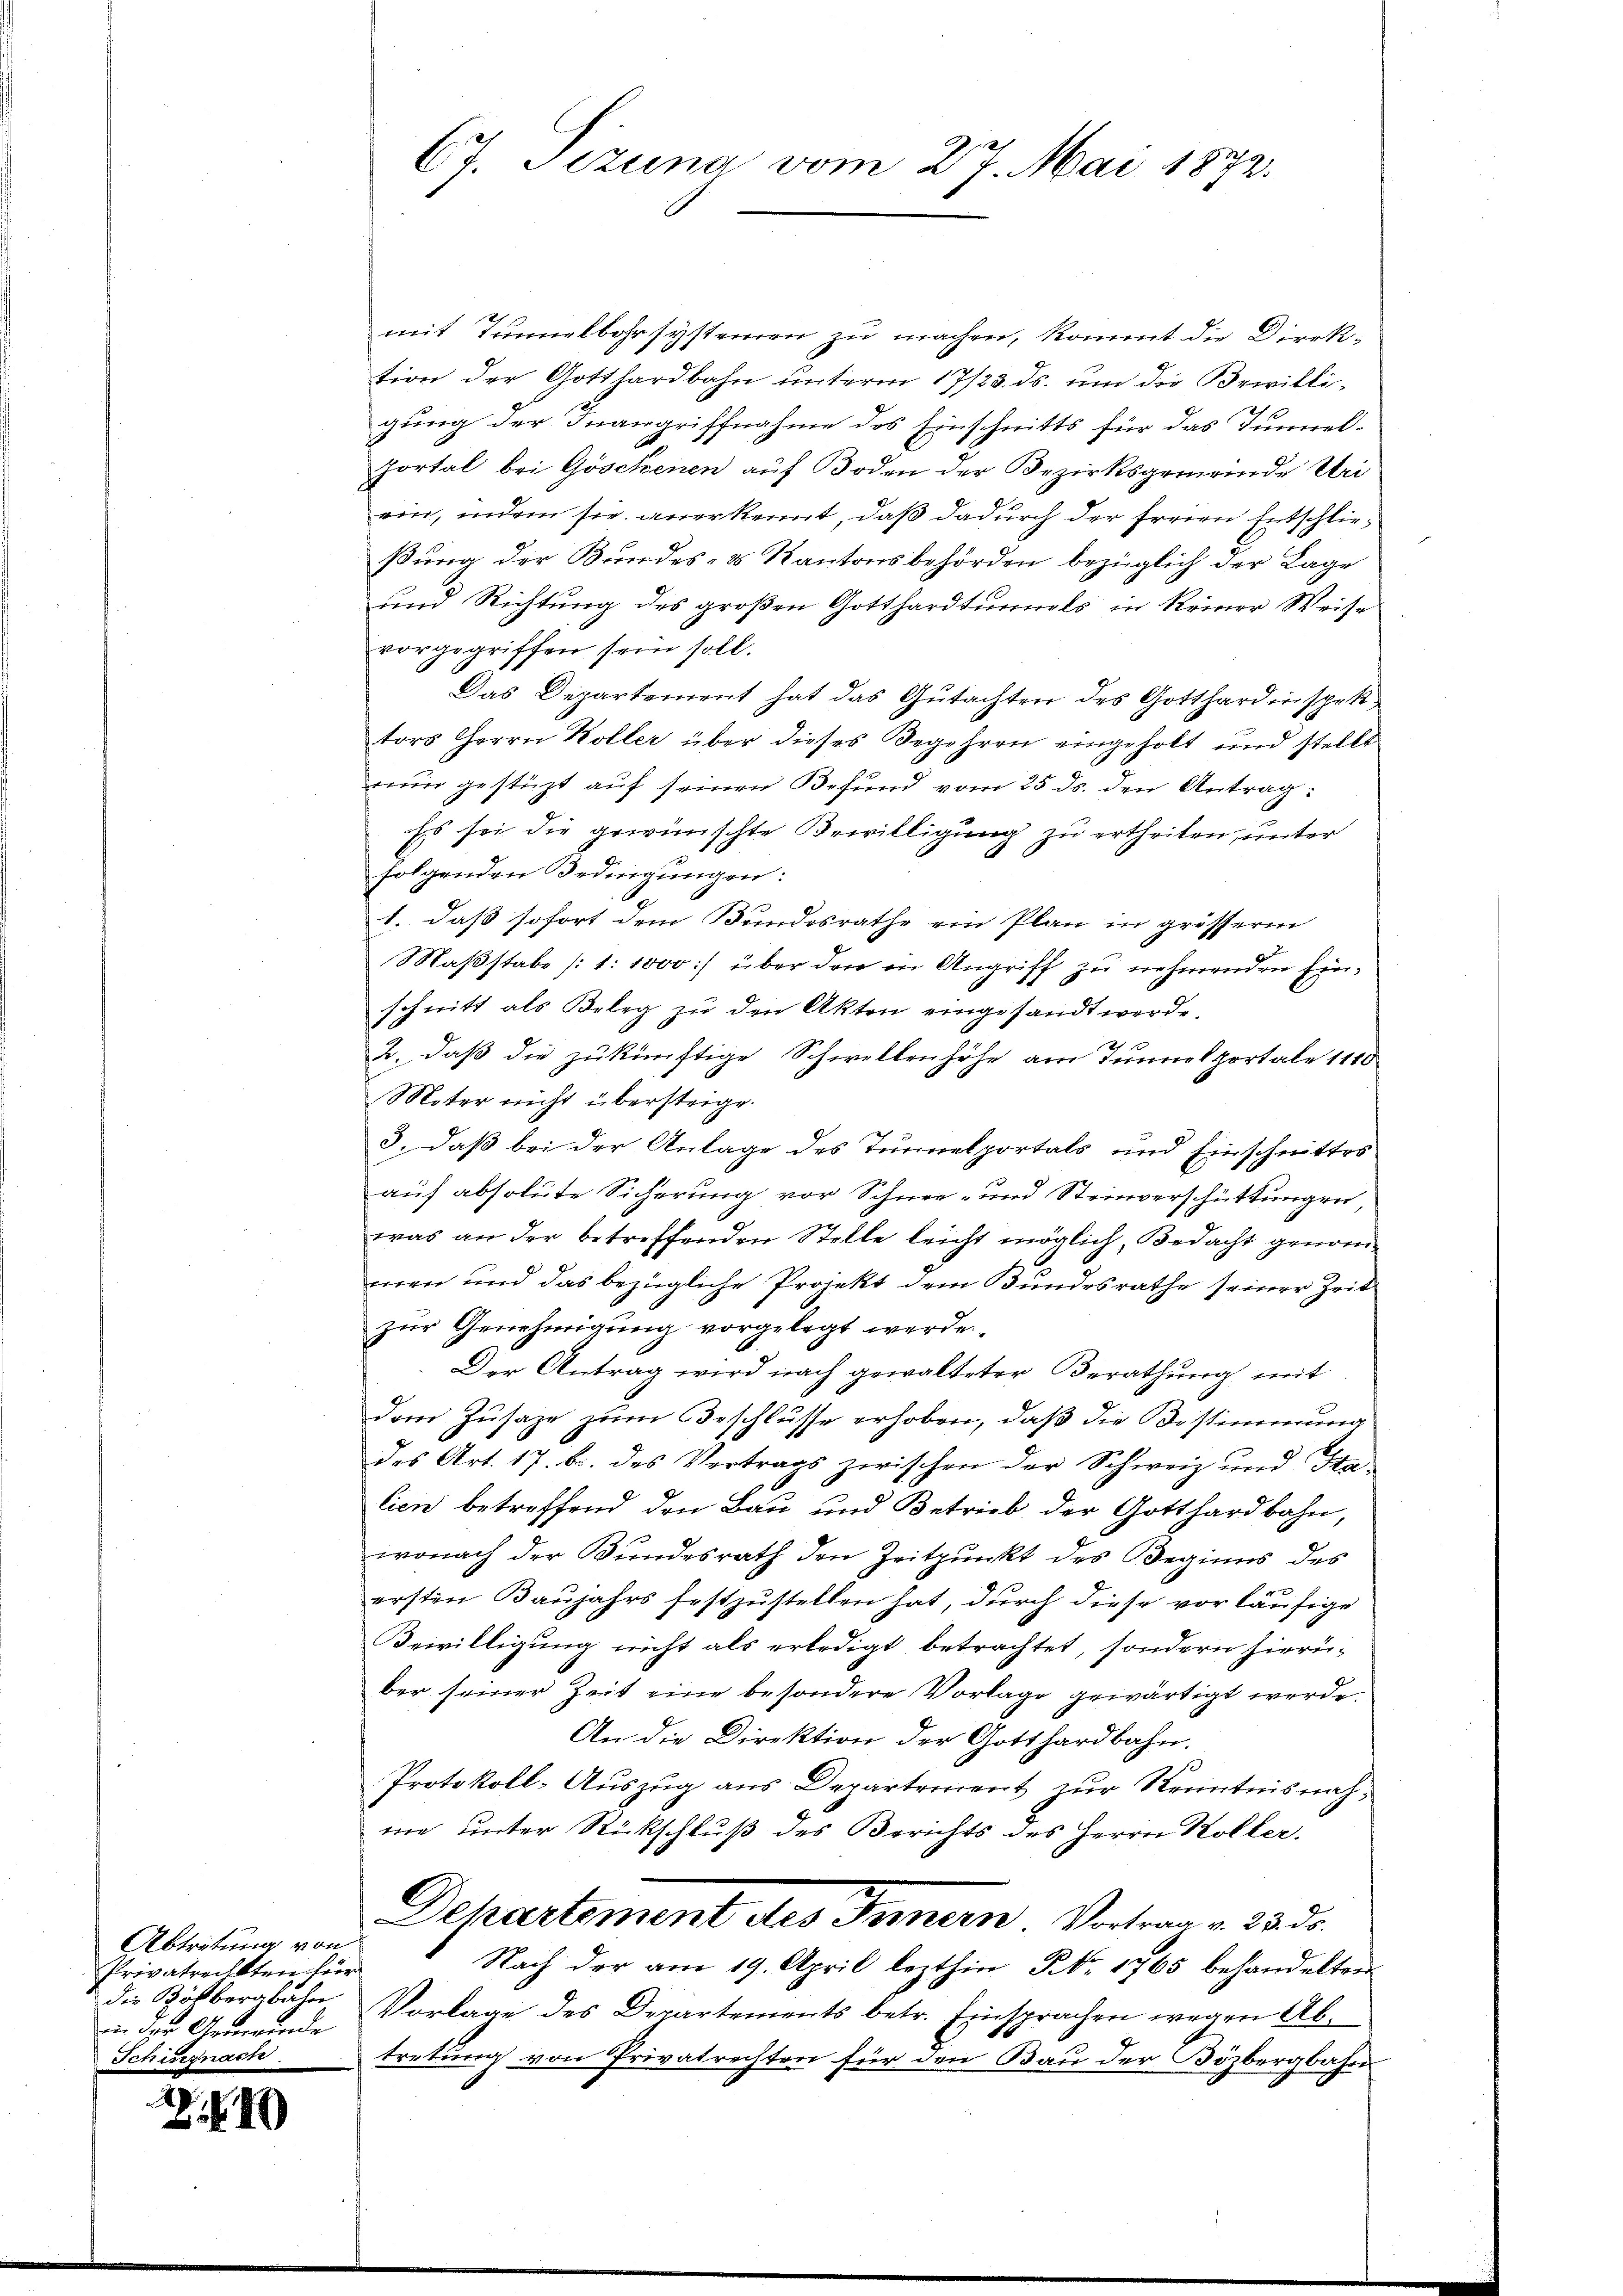
Abtretung von
Privatreckten für
die Körbergbahn
in der Anwende
e

.40

67. Sizung vom 27. Mai 1872.

mit Tunnelbahr systemen zu machen, kommt die Direktion der Gotthardbahn unterm 17/23. ds. um die Bewilligung der Inangriffnahme des Einschnitts für das Tunnel-
Portal bei Göschenen auf Boden der Bezirksgemeinde Uri
ein, indem sie anerkennt, daß dadurch der freien Entschließung der Bundes- & Kantonsbehörden bezüglich der Lage
und Richtung des großen Gotthardtunnels in Reiner Weise
vorgegriffen sein soll.
Das Departement hat das Gutachten des Gotthardinspek
tors Herrn Koller über dieses Begehren eingeholt und stellt
run gestüzt auf seinen Befund vom 25 ds. den Antrag:
Es sei die gewünschte Bewilligung zu ertheilen, unter
folgenden Bedingungen:
1. daß sofort dem Bundesrathe ein Plan in grösserm
Maßstabe (1:1000 :/ über den in Angriff zu nehmenden Einschnitt als Beleg zŭ den Akten eingesandt werde.
2. daß die zukünftige Schwellenhöhe am Tunnelportale 1110
Mater nicht übersteige.
3. daß bei der Anlage des Tunnelportals und Einschnittes
auf absolute Sicherung vor Schnee- und Steinverschüttungen,
was an der betreffenden Stelle leicht möglich, Bedacht genommen und das bezügliche Projekt dem Bundesrathe seiner Zeit
zur Genehmigung vorgelegt werden.
Der Antrag wird nach gewalteter Berathung mit
dem Zusage zum Beschlusse erhoben, daß die Bestimmung
des Art. 17. b. des Vertrags zwischen der Schweiz und Sta
lien betreffend den Bau und Betrieb der Gotthardbahn,
wonach der Bundesrath den Zeitpunkt des Beginns des
ersten Baujahrs festzustellen hat, durch diese vorläufige
Bewilligung nicht als erledigt betrachtet, sondern hierüber seiner Zeit eine besondere Vorlage gewärtigt werde.
An die Direktion der Gotthardbahn.
Protokoll-Auszug aus Departement zur Kenntnisnahwe unter Rückschluß des Berichts des Herrn Koller.
Dehartement des Innern. Vertrage 385.
Nach der am 19. April lezthin No. 1765 behandelten
Vorlage des Departements betr. Einsprachen wegen Abtretung von Privatrechten für den Bau der Bözbergbahn